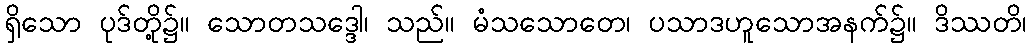
ရှိသော ပုဒ်တို့၌။ သောတသဒ္ဒေါ၊ သည်။ မံသသောတေ၊ ပသာဒဟူသောအနက်၌။ ဒိဿတိ၊